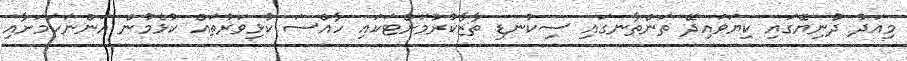
މިއަދު ދުނިޔޭގައި ކިޔަވައިދޭ ތަންތާނގައި ސިކުނޑި ތާޒާކުރުމަށްޓަކައި ހާއްސަ ކުޅިވަރުތައް ކުޅެމުން އަންނަކަމަށާއި